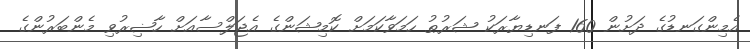
އެމިންގަނޑުގެ ދަށުން 160 ފަނޑިޔާރަކު ޝަރުޠު ހަމަވާކަމަށް ކޮމިޝަންގެ އެޖަލްސާއަށް ހާޟިރުވި މެންބަރުންގެ